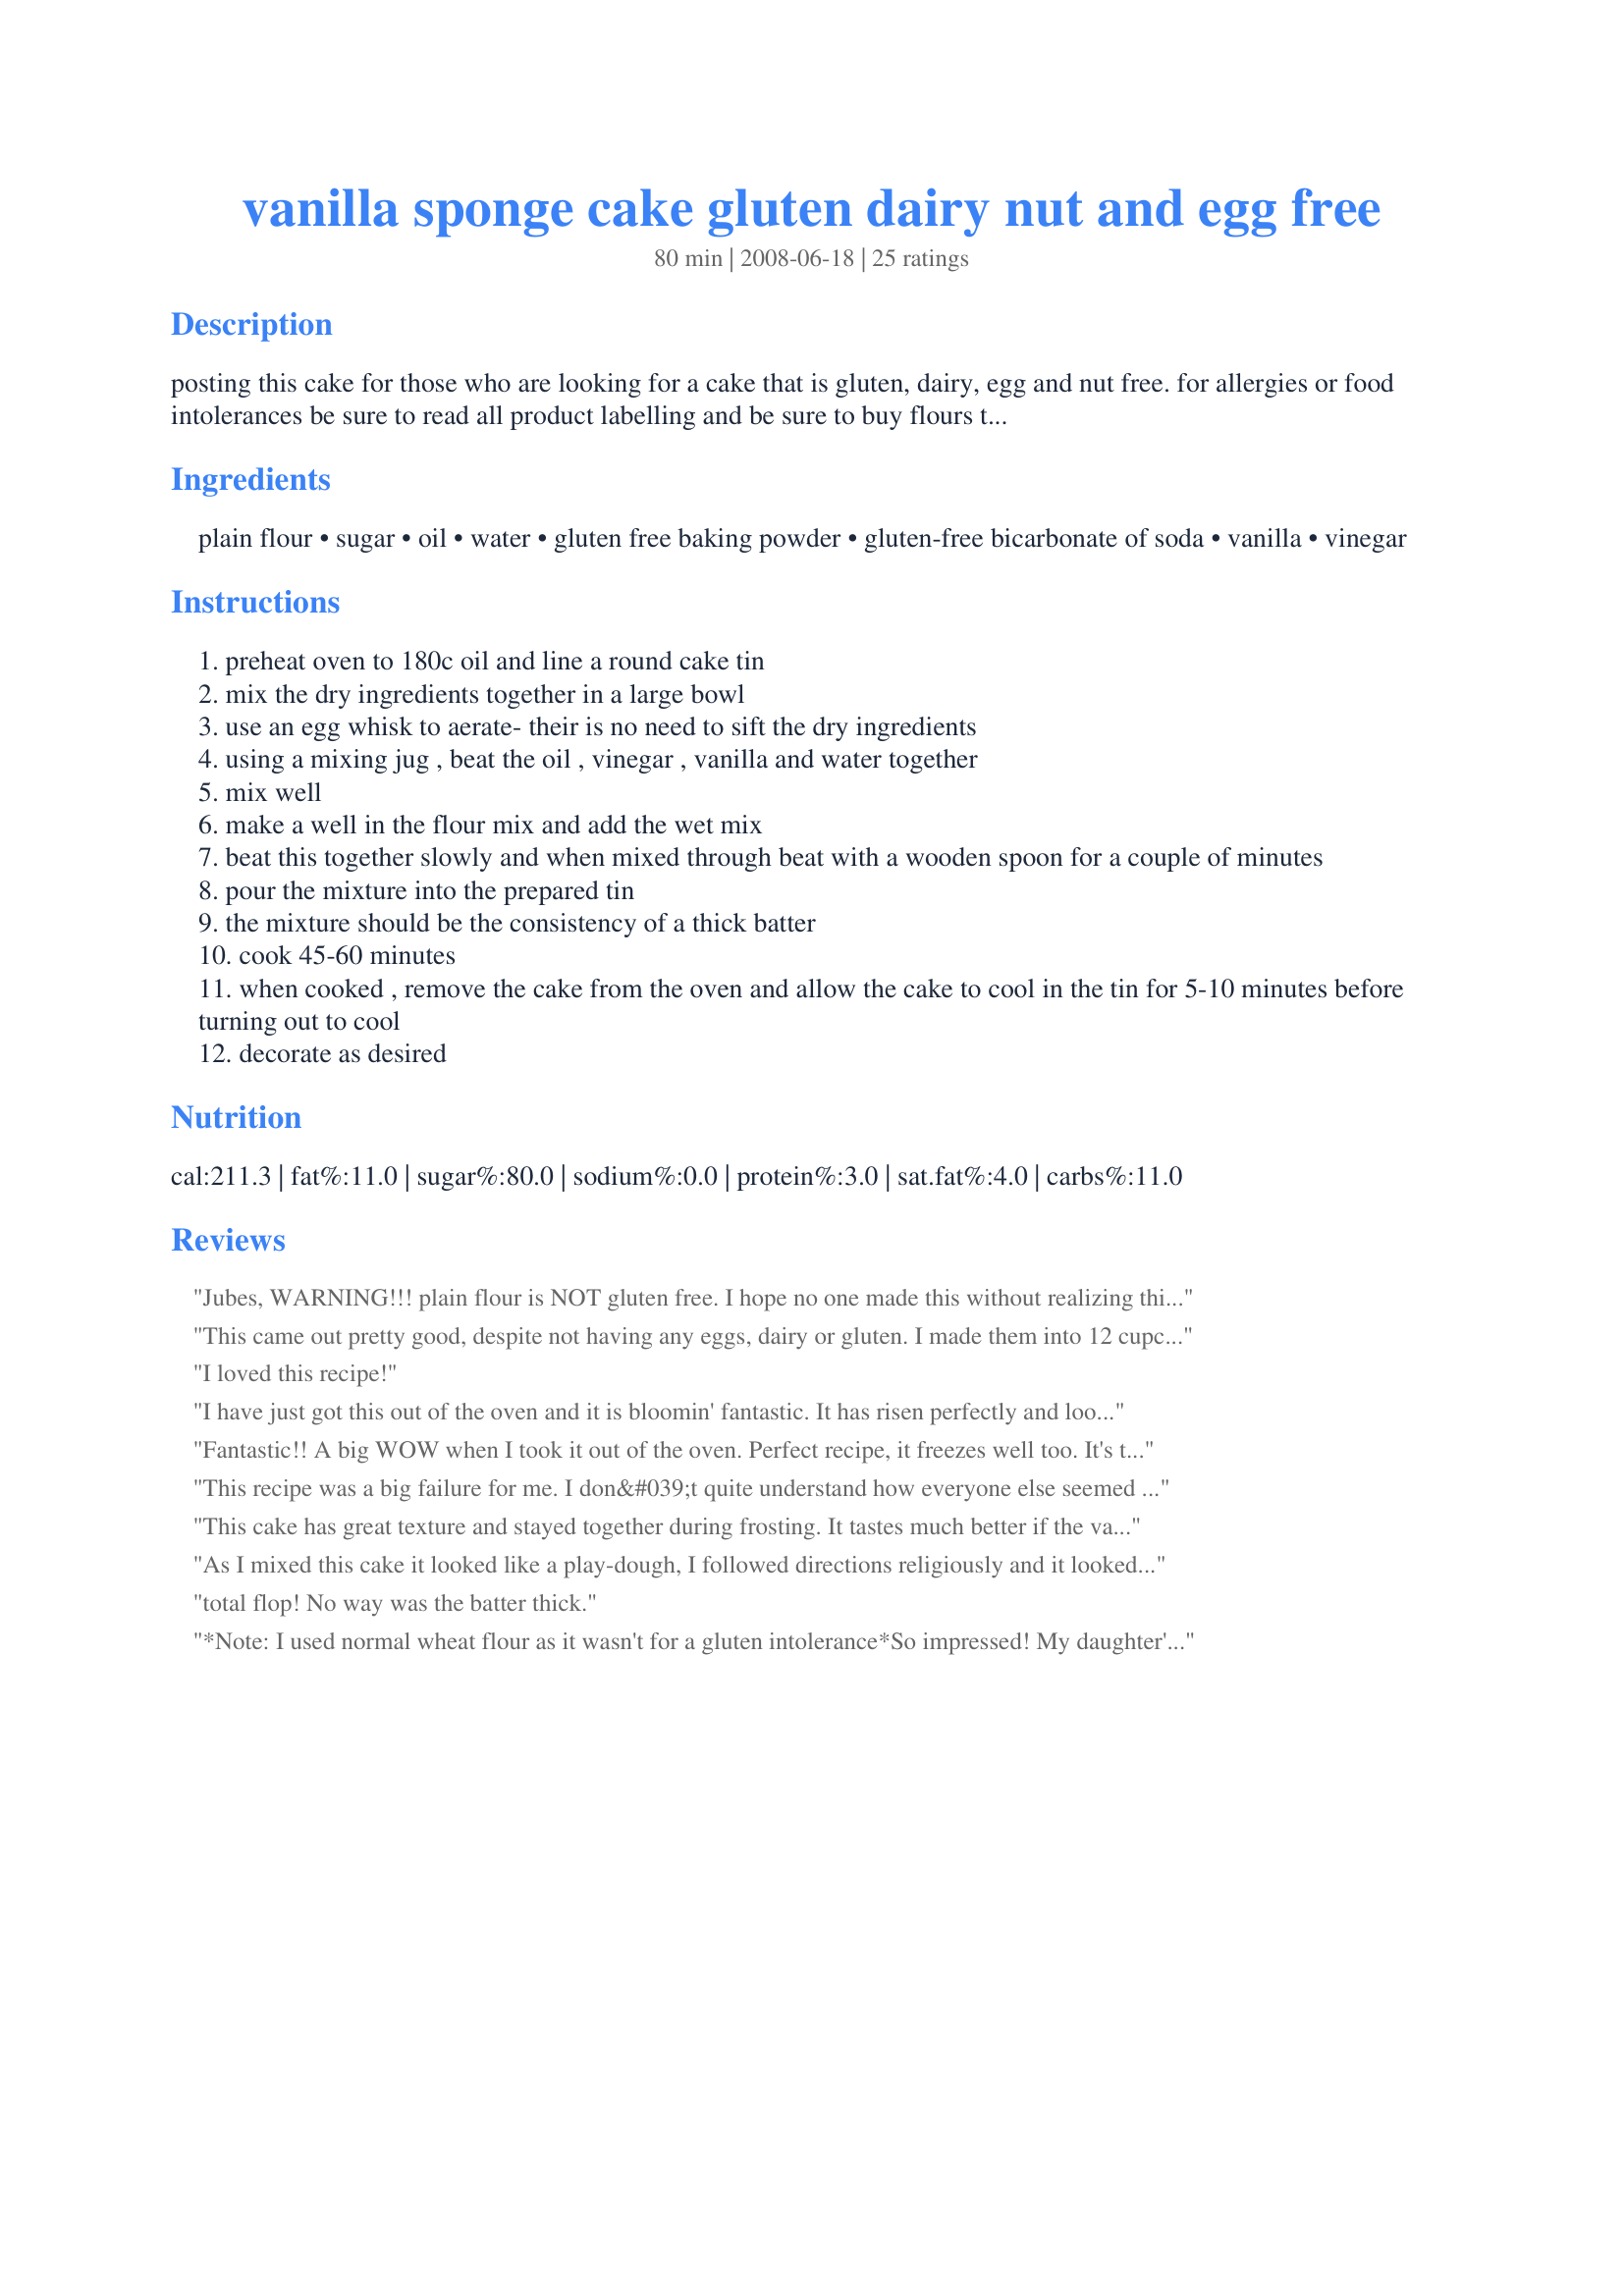
vanilla sponge cake gluten dairy nut and egg free
Preparation time: 80 minutes

posting this cake for those who are looking for a cake that is gluten, dairy, egg and nut free. for allergies or food intolerances be sure to read all product labelling and be sure to buy flours that are suitable. this recipe uses a ready mixed gluten-free flour blend that has added gums for baking qualities. if you use a blend that does not have any added gums or gluten-free stabiliser then add in one teaspoon of xantahan or guar gum with the flour. i use orgran brand flour and this is from one of their magazines. orgran is gluten, dairy, nut, egg free and is vegan diet suitable. as stated - use a general purpose blended gluten-free flour blend for this recipe---this recipe has not been developed for use with coconut flour or almond meal.

Ingredients:
plain flour, sugar, oil, water, gluten free baking powder, gluten-free bicarbonate of soda, vanilla, vinegar

Steps:
preheat oven to 180c oil and line a round cake tin
mix the dry ingredients together in a large bowl
use an egg whisk to aerate- their is no need to sift the dry ingredients
using a mixing jug , beat the oil , vinegar , vanilla and water together
mix well
make a well in the flour mix and add the wet mix
beat this together slowly and when mixed through beat with a wooden spoon for a couple of minutes
pour the mixture into the prepared tin
the mixture should be the consistency of a thick batter
cook 45-60 minutes
when cooked , remove the cake from the oven and allow the cake to cool in the tin for 5-10 minutes before turning out to cool
decorate as desired

Reviews:
Jubes, WARNING!!! plain flour is NOT gluten free. I hope no one made this without realizing this as it would be a problem. I don't mean to be critical but saying the recipe is gluten free when it is not is misleading and could cause an allergic reaction to anyone who is celiac or gluten intolerant. If you meant to specify a particular kind of gluten free flour which would make a good light cake please edit the recipe. Thanks
This came out pretty good, despite not having any eggs, dairy or gluten. I made them into 12 cupcakes and used guar gum since I am sensitive to xanthan. I would recommend doubling the vanilla, the cake was definitely spongy, but lacking a little in flavor.
I loved this recipe!
I have just got this out of the oven and it is bloomin' fantastic. It has risen perfectly and looks like a normal sponge cake instead of a flat thing. Clever Jubes. Thanks!
Fantastic!! A big WOW when I took it out of the oven.
Perfect recipe, it freezes well too.
It's the first spong cake I have made that doesn't look like a pancake!
Been trying to find a wheat free sponge cake that works and this does and tasts good too. I used sunflower oil as that is all I had as it doesn't state any particular oil to use in the recipe. Is this right I wonder? Would a lighter oil make a lighter sponge? Any suggestions would be appreciated.
This recipe was a big failure for me. I don&#039;t quite understand how everyone else seemed to have such success. I bake GF/DF all the time but this recipe was a dud. I baked for the minimum time suggested and it came out burned on the edges, gummy, oily and tough. The flavor was one-note vanilla. I&#039;d steer clear and try another recipe.
This cake has great texture and stayed together during frosting. It tastes much better if the vanilla is doubled (yes, 2 tsp. vanilla) and a scant 1/4 tsp. of salt is added.
As I mixed this cake it looked like a play-dough, I followed directions religiously and it looked beautiful when i took it out of the oven. I use a gluten free flour mixed at home. it looked quite brown inside (not overbaked) and smelled unlike gf sponge cakes done with butter 9not surprised). It was overly sweet, brown inside and out, rather beige actually, dense and had a grainy aftertaste. I gave it two stars instead on one becaue, i had never had an eggless, butterless, dairy free cake and thought perhaps this is what they taste like. In all fairness, it was edible. thanks for sharing the recipe, might try again with another combination of gluten free mix.
total flop! No way was the batter thick.
*Note: I used normal wheat flour as it wasn't for a gluten intolerance*<br/>So impressed! My daughter's friend has a nut and egg allergy and I wanted to make the same cake as everyone else (chocolate frosted cup cakes). I've never cooked without eggs and was doubtful if the cake would turn out very good and was prepared, at best, for a "good allergy cake". But no! Within minutes of being in the oven I could see them puffing up beautifully. This was like any normal cake I would enjoy. Slightly tackier on the bottom from using oil instead of butter, but only noticeable when warm. Once they cooled, they were just moist, fluffy, delicious cakes. Better than my usual sponge cake with eggs, so I will be using this recipe from now on, even though we don't have any allergies!<br/><br/>Thank you so much!
This was the worst cake I have ever made. I followed the recipe to the &quot;T&quot; and it did not rise, when it finished baking it was so dense that it was not worth eating. It ended up in the garbage.
Update 8/1/14-- I tried this again but this time using the Bette Hagman GF all purpose mix . I did add 3/4 tsp xanthan gum and since I am not dairy free I used a cup of milk . I did reduce the soda to 1/2 teaspoon and used 1/2 tsp of salt I also used 1 Tablespoon of vanilla. The cake came out good. I used Bob Red mills rice flour so I let the batter sit for 30 minutes before I baked it to be sure it did not come out grainy and it did not. I left the rating as original because it did need the change in soda and vanilla and I think the milk proteins might have made it come out higher too... I could be wrong.&lt;br/&gt;7/24/14This did not come out well for me maybe it was the mix I used it was a homemade mix that took brown rice, tapioca and sweet rice flour. It looked great in the oven and rose beautifully but when I took it out it was gelatinous inside. It also only took 30 minutes to cook. I will try again with the betty hagman gf all purpose mix. My dh has a wheat, egg, and chocolate allergy and it has been difficult to get a good white cake especially without eggs.
Made these cupcakes today. Since I wanted a tie-dye effect, I omitted the vanilla flavor and added jello powder instead. I divided the batter into 3 separate bowls and stirred in approx. 2 tablespoons of jello powder to each bowl. My favorite combo is strawberry/orange and lime but the sky's the limit. They turned out fabulous! Perfect for my little girl who has a egg allergy.
My son never likes any gluten free recipe with rice and those without rice never rose. He is allergic to wheat and this recipe rocks!
Loved this recipe! I only had gluten free bread flour but worked fine, I have made a few times now and now add a handful of raisins and coconut too. Tastes really yummy! Hard to find a good tasting cake with no gluten, dairy or eggs but this ticks all the boxes!!
Can I substitute splenda for the sugar?
My son has food allergies to all the top common allergens. I had high hopes for this cake. However, it was the worst baked good I&#039;ve ever eaten!!! Don&#039;t bother with this recipe. Please.
Add me to the enthusiastic 5 star reviews! This is just amazing!!! I used my homemade gluten free blend with xanthan gum, vegetable oil, and vinegar and followed the recipe using an 8" pan. The batter didn't quite come out as thick as described for me, but I had carefully beaten to combine and then used a wooden spoon as directed, so I decided to go ahead and proceed rather than risk overbeating it. It came out perfectly at 45 minutes, a lovely light golden color, holding its shape perfectly. The inside is soft and fluffy, while the outside has a crispier texture to it. It tastes wonderful too. Mine had no grittiness - I think the starting flour is key to what the result is. Combining the dry ingredients with a whisk was also an excellent touch, really distributing them evenly. Thank you SO MUCH for sharing this. ZWT8
DO NOT MAKE THIS. I followed the instructions to a point read through it all used everything correctly, and trust me I know how to cook, these turned out horrible. They had no flavor and it didn&#039;t rise at all(I made sure to put the leavening agents in) It was super dense and I couldn&#039;t finish one bite.
Hi Jubes, could I just use gluten free SR flour
tasted weird, flavorless, just flat out terrible, wasted my time
Two attempts and neither worked. I use coconut flour and coconut oil. First batch didn&#039;t turn to a bater. The second I added arrow root and guar gum, plus another 1/2 cup of water till I got a bater similar to cookie Dough. Still no luck. Any suggestions?
Hi Jubes! Another easy recipe for those who have multiple allergens. Dd and I liked the cake a lot and even my dh(not gluten free) ate a few pieces himself. Next time I will try it with milk and add some cinnamon.
Hi please can I ask if you can use nirmal plain flour with gluten and will it turn out the same? My son has allergies to egg and dairy but if fine with gluten. Thank you
I cannot believe all the positive reviews. I made this using the King Arthur gluten free baking blend, following all of the instructions, and the cake came out greasy and flat. It didn&#039;t even taste good! It reminded me of extremely greasy cornbread, except cornbread is sweeter. Don&#039;t think I will be trying this one again.
